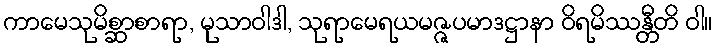
ကာမေသုမိစ္ဆာစာရာ, မုသာဝါဒါ, သုရာမေရယမဇ္ဇပမာဒဋ္ဌာနာ ဝိရမိဿန္တီတိ ဝါ။